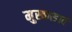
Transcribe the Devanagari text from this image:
मुस्काडावं